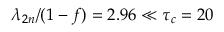
\lambda _ { 2 n } / ( 1 - f ) = 2 . 9 6 \ll \tau _ { c } = 2 0